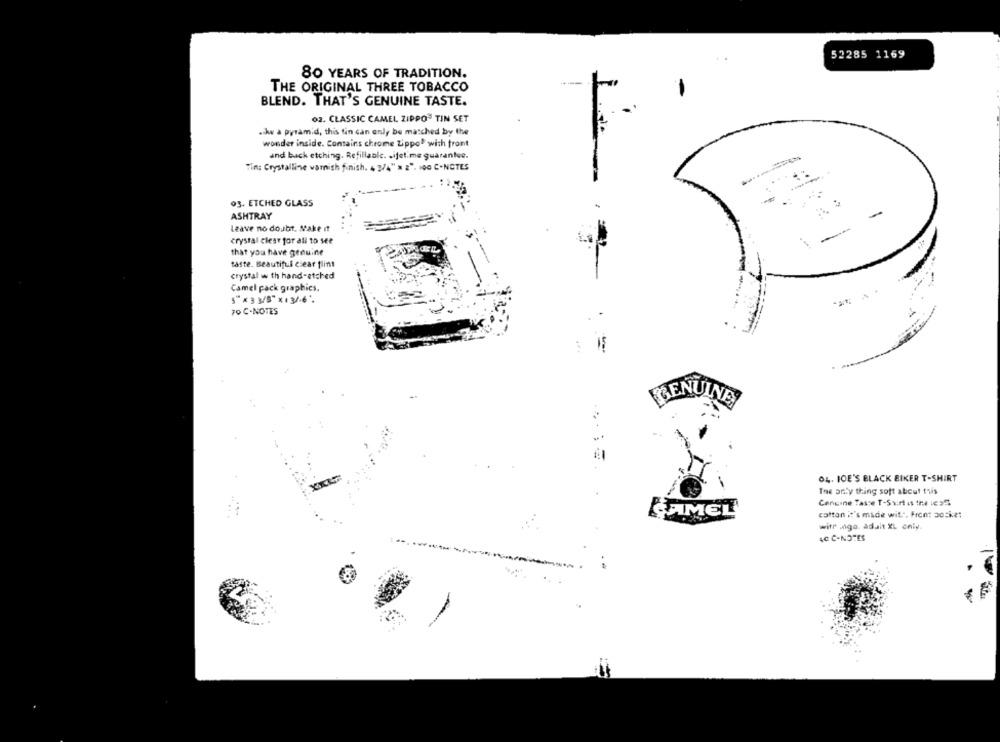
52285 1169
80 YEARS OF TRADITION.
---
THE ORIGINAL THREE TOBACCO
BLEND. THAT'S GENUINE TASTE.
02. CLASSIC CAMEL ZIPPO" TIN SET
.kw a pyramid, this tin can only be matched by the
wonder inside. Contains chrome Zippo" with front
and back etching. Refillable. . ifet.me guarantee.
Tin: Crystalline varnish finish. 4 3/4" x 2". 100 C-NOTES
93. ETCHED GLASS
-
ASHTRAY
Leave no doubt. Make it
crystal clear for all to see
that you have genuine
taste. Beautiful clear flint
crystal w th hand-etched
Camel pack graphics.
S"× 3 3/5"x13/6'.
70 C-NOTES
GENUINE
04. JOE'S BLACK BIKER T-SHIRT
The only thing soft about this
Cengine Taste T-Shirt is the 1635
SHIMEL
cotton it's made wit", Front pocket
with aiga, adal XL only.
40 C-NOTES